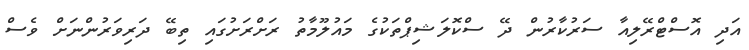
އަދި އޮސްޓްރޭލިއާ ސަރުކާރުން ދޭ ސްކޮލަޝިޕްތަކުގެ މައުލޫމާތު ރަށްރަށުގައި ތިބޭ ދަރިވަރުންނަށް ވެސް